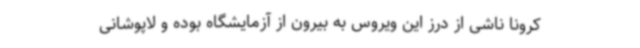
کرونا ناشی از درز این ویروس به بیرون از آزمایشگاه بوده و لاپوشانی